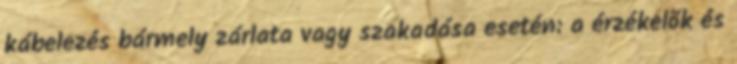
kábelezés bármely zárlata vagy szakadása esetén: a érzékelõk és